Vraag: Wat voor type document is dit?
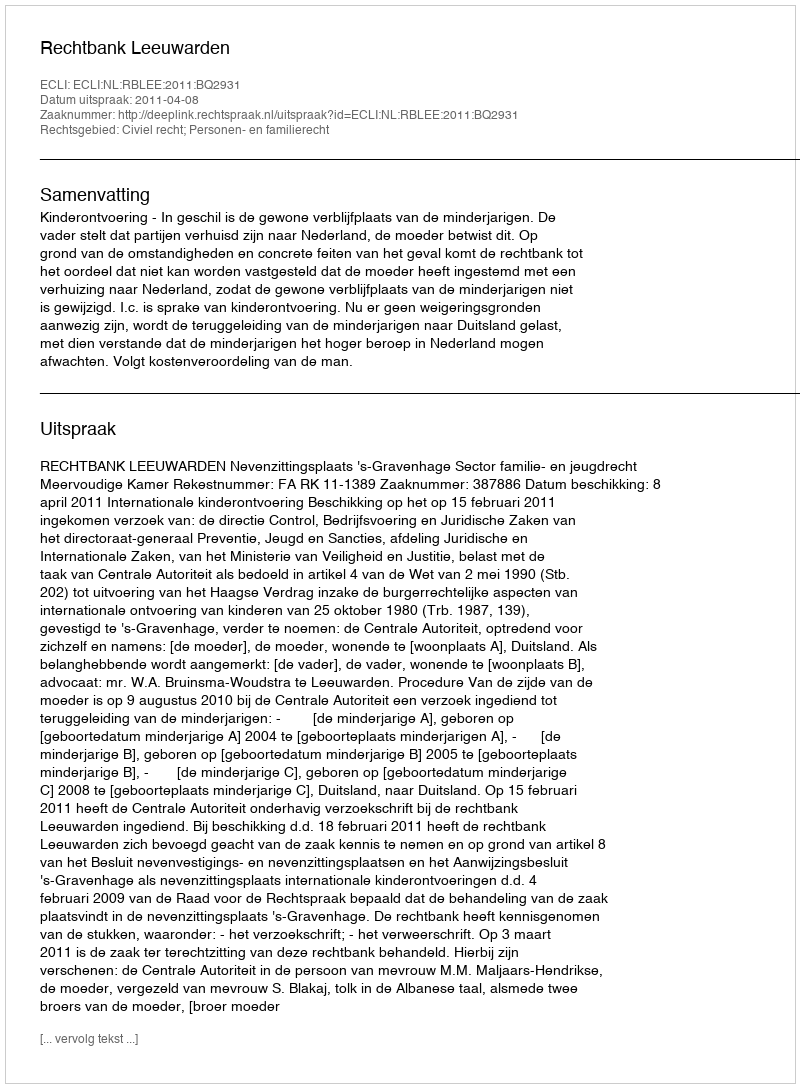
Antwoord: Uitspraak